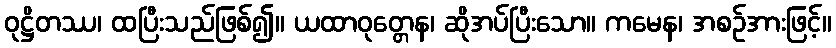
ဝုဋ္ဌိတဿ၊ ထပြီးသည်ဖြစ်၍။ ယထာဝုတ္တေန၊ ဆိုအပ်ပြီးသော။ ကမေန၊ အစဉ်အားဖြင့်။